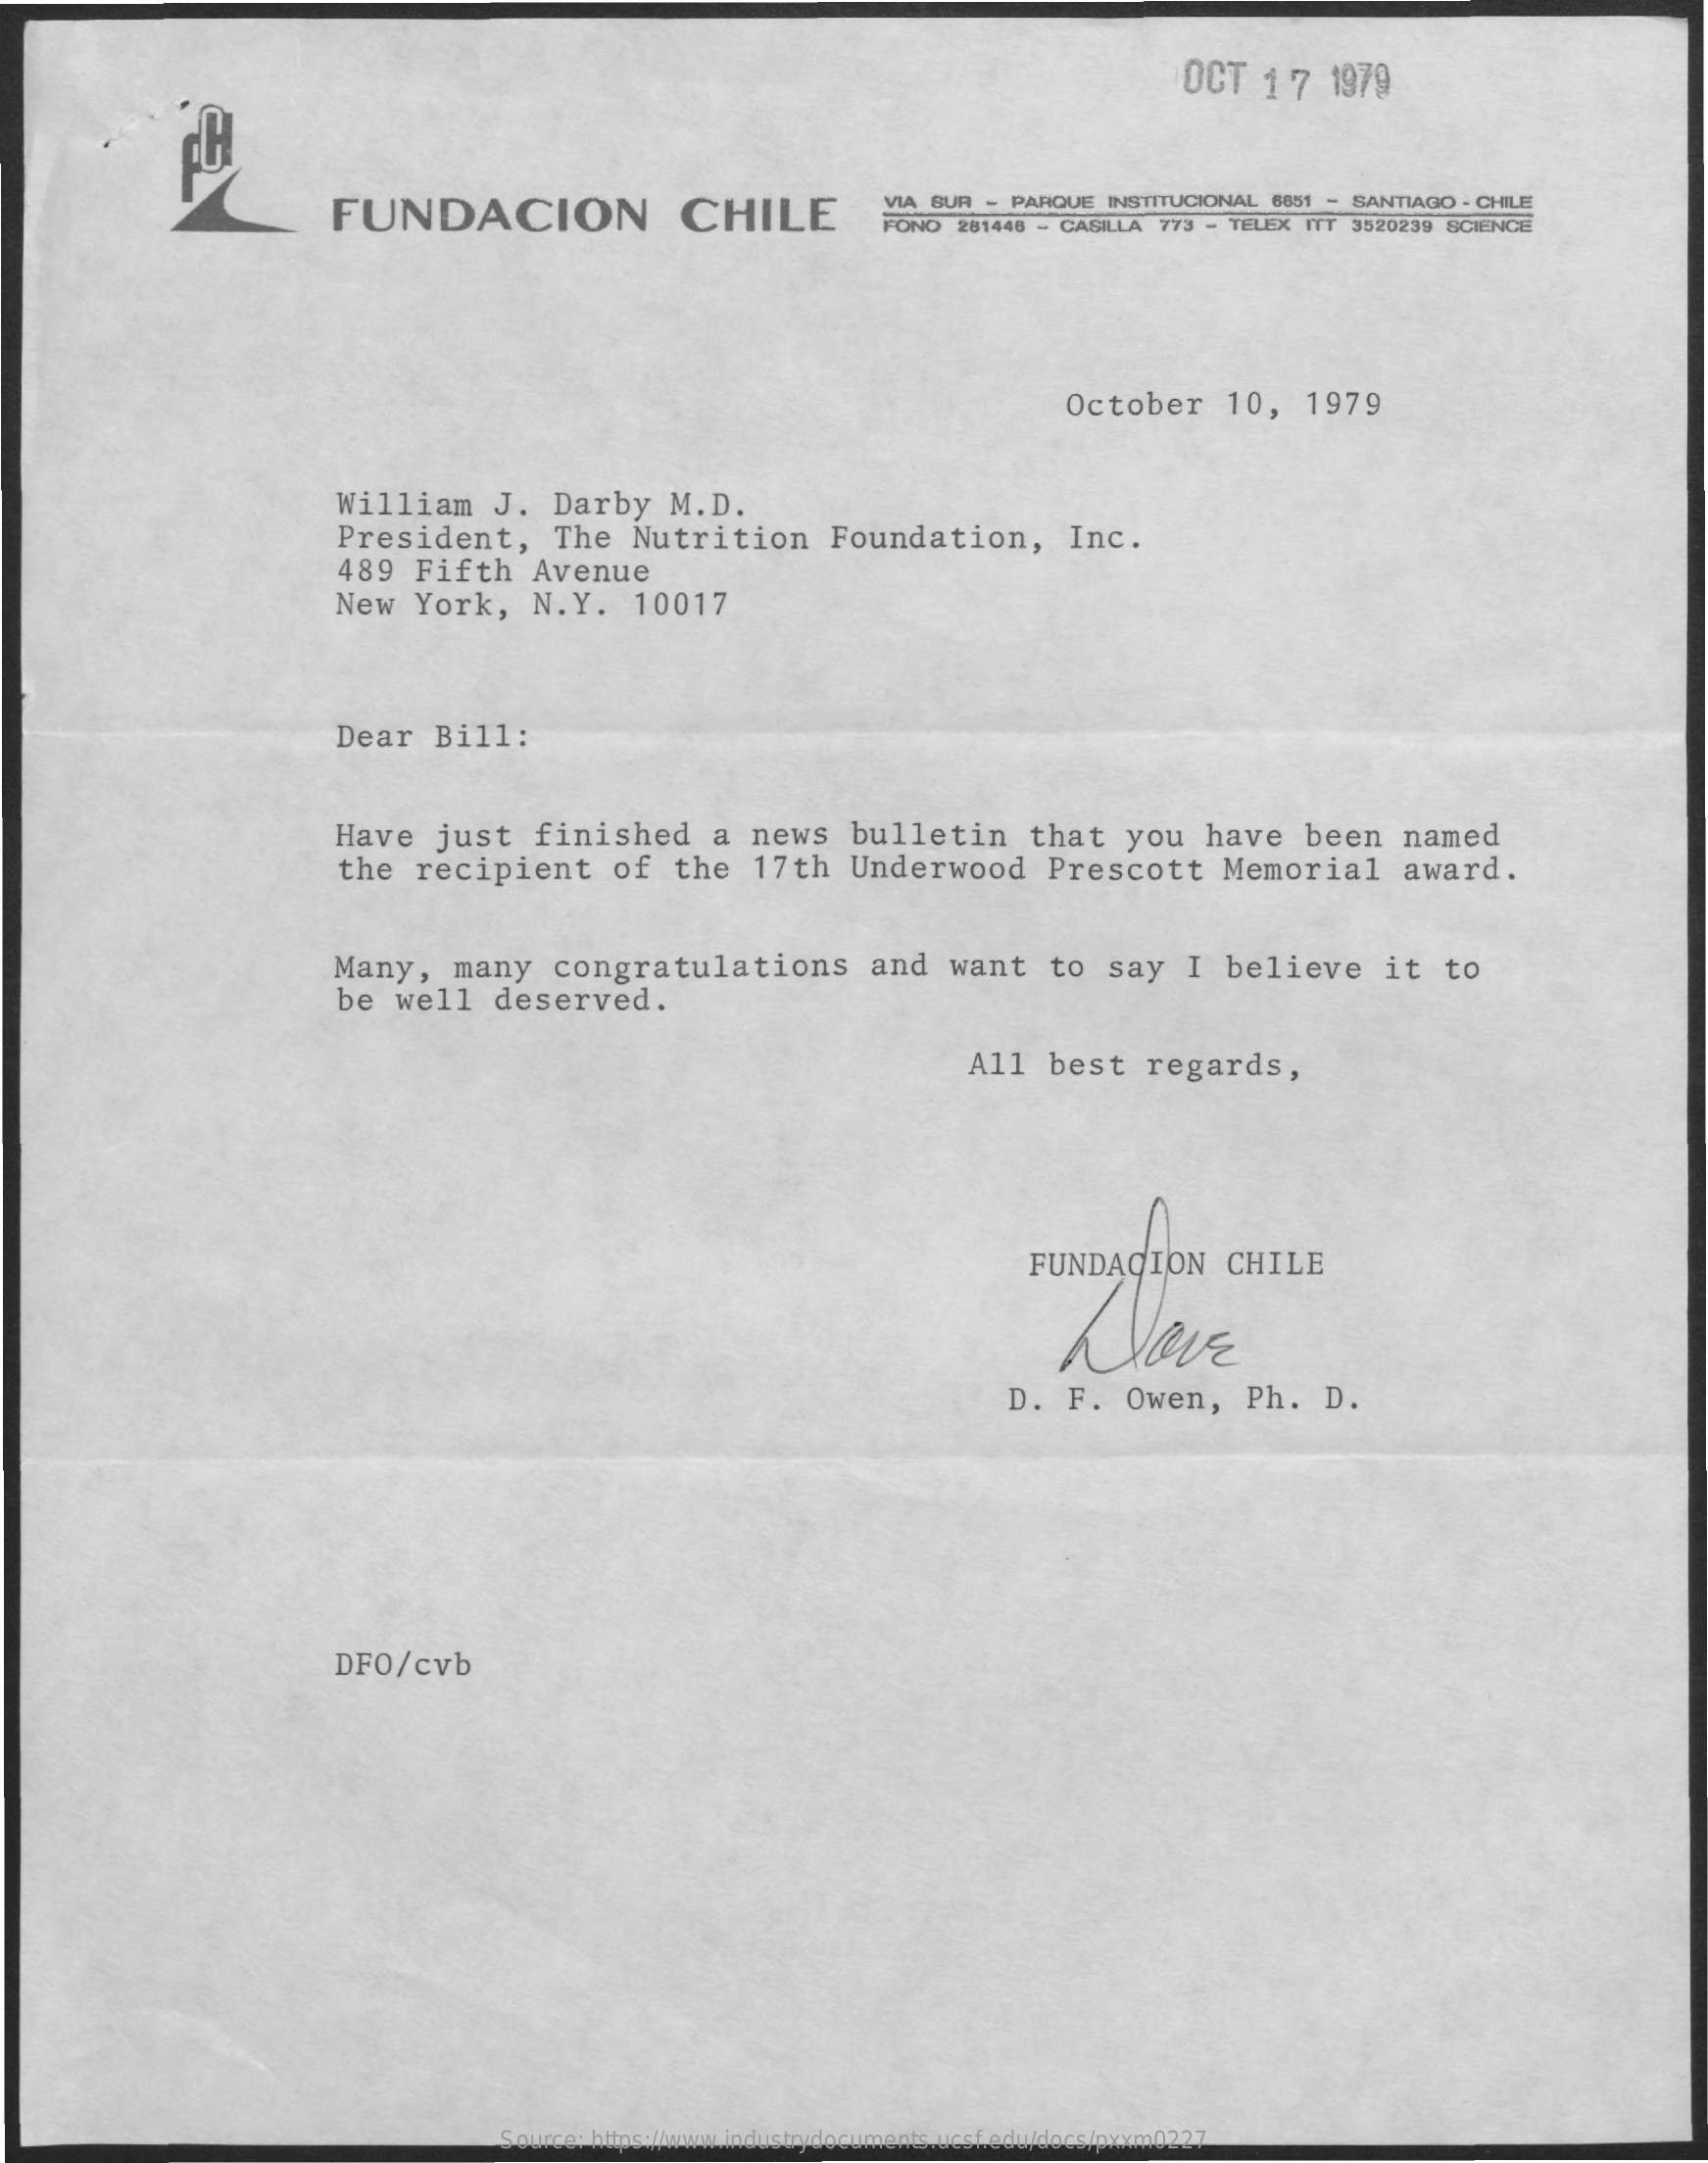
OCT   1  7  1979
     FUNDACION    CHILE    VIA SUR - PARQUE  INSTITUCIONAL 6651 - SANTIAGO - CHILE
     FONO  281448 - CASILLA 773 - TELEX ITT 3520239 SCIENCE
     October    10,    1979
     William    J.   Darby    M.D.
     President,    The    Nutrition    Foundation,    Inc.
     489  Fifth    Avenue
     New   York,    N.Y.    10017
     Dear    Bill:
     Have    just    finished    a  news    bulletin    that    you    have    been    named
     the  recipient    of   the    17th    Underwood    Prescott    Memorial    award.
     Many,    many    congratulations    and   want    to  say    I  believe    it   to
     be   well    deserved.
     All   best    regards,
     FUNDACION    CHILE
     have
     D.   F.   Owen,    Ph.   D.
     DFO/cvb
     Source: https://www.industrydocuments.ucsf.edu/docs/pxxm0227